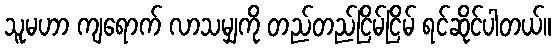
သူမဟာ ကျရောက် လာသမျှကို တည်တည်ငြိမ်ငြိမ် ရင်ဆိုင်ပါတယ်။